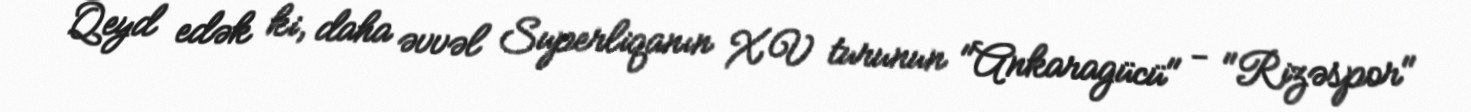
Qeyd edək ki, daha əvvəl Superliqanın XV turunun "Ankaragücü" - "Rizəspor"